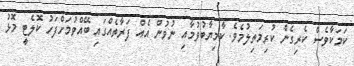
ކަމަކާވެސް ކެރިގެން ކުރިމަތިލުމެވެ. ކާމިޔާބުވުމާއި ނުވުން އެއް ފަރާތެއްގައި ބޭއްވުމަށްފަހު ކޮލެޓީ މޮޅު